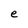
Character: e